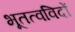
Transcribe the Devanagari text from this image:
भूतत्वविदों